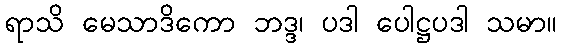
ရာသိ မေသာဒိကော ဘဒ္ဒ၊ ပဒါ ပေါဋ္ဌပဒါ သမာ။